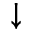
\downarrow